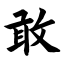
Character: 敢